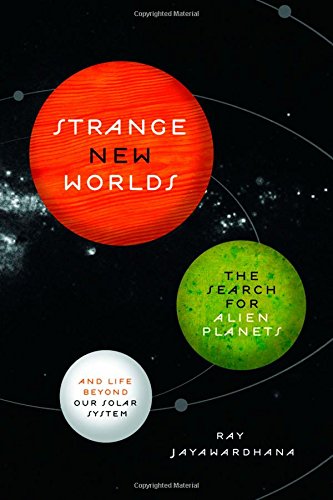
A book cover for Strange New Worlds: The Search for Alien Planets and Life beyond Our Solar System; Ray Jayawardhana; Science & Math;